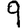
Digit: 9